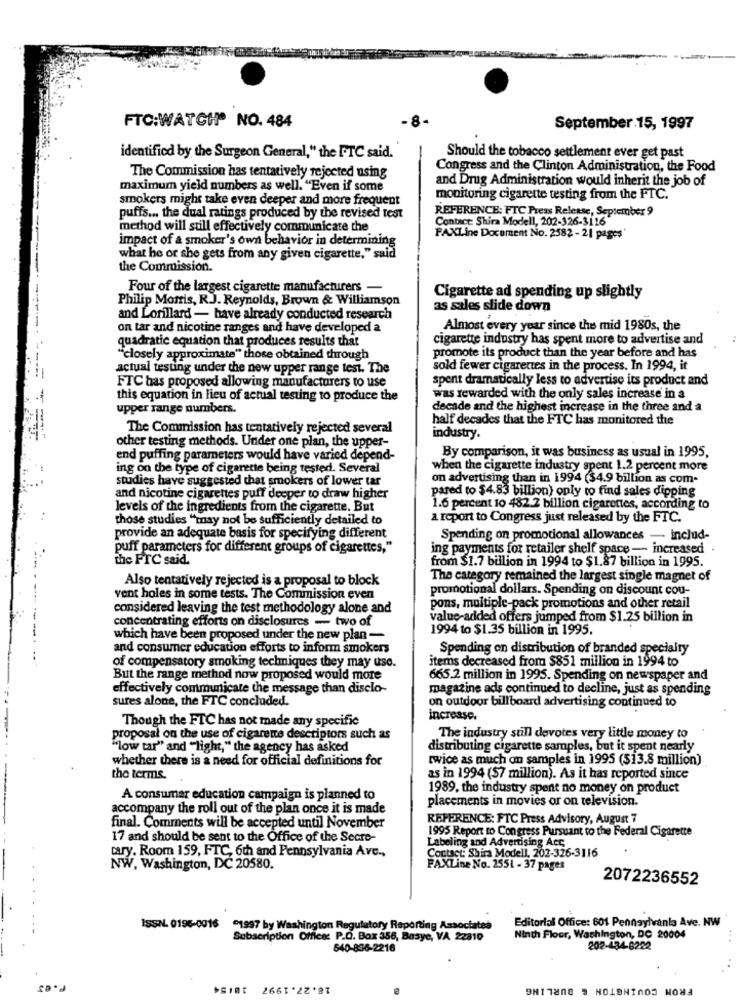
.8-
FTC:WATCH® NO. 484
September.15, 1997
identified by the Surgeon General," the FTC said.
Should the tobacco settlement ever get past
Congress and the Clinton Administration, the Food
The Commission has tentatively rejected using
and Drug Administration would inherit the job of
maximum yield numbers as well. "Even if some
smokers might take even deeper and more frequent
monitoring cigarette testing from the FTC.
puffs ... the dual ratings produced by the revised test
REFERENCE: FTC Press Release, September 9
Contact: Shira Modell, 202-326-3116
method will still effectively communicate the
impact of a smoker's own behavior in determining
FAXLine Document No. 2582 - 21 pages'
what he or she gets from any given cigarette," said
the Commission.
Four of the largest cigarette manufacturers -
Philip Morris, R.J. Reynolds, Brown & Williamson
Cigarette ad spending up slightly
as sales slide down
and Lorillard - have already conducted research
on tar and nicotine ranges and have developed a
Almost every year since the mid 1980s, the
quadratic equation that produces results that
cigarette industry has spent more to advertise and
"closely approximate" those obtained through
promote its product than the year before and has
actual testing under the new upper range test. The
sold fewer cigarettes in the process. In 1994, it
FTC has proposed allowing manufacturers to use
spent dramatically less to advertise its product and
this equation in lieu of actual testing to produce the
was rewarded with the only sales increase in a
upper range numbers.
decade and the highest increase in the three and a
half decades that the FTC has monitored the
The Commission has tentatively rejected several
industry.
other testing methods. Under one plan, the upper-
By comparison, it was business as usual in 1995,
end puffing parameters would have varied depend-
ing on the type of cigarette being tested. Several
when the cigarette industry spent 1.2 percent more
studies have suggested that smokers of lower tar
on advertising than in 1994 ($4.9 billion as com-
pared to $4.83 billion) only to find sales dipping
and nicotine cigarettes puff deeper to draw higher
levels of the ingredients from the cigarette. But
1.6 percent 10 482.2 billion cigarettes, according to
those studies "may not be sufficiently detailed to
a report to Congress just released by the FTC.
provide an adequate basis for specifying different
Spending on promotional allowances - includ-
puff parameters for different groups of cigarettes,"
ing payments for retailer shelf space -- increased .
the FTC said.
from $1.7 billion in 1994 to $1.87 billion in 1995.
Also tentatively rejected is a proposal to block
The category remained the largest single magnet of
promotional dollars. Spending on discount cou-
vent holes in some tests. The Commission even
considered leaving the test methodology alone and
pons, multiple-pack promotions and other retail
concentrating efforts on disclosures - two of
value-added offers jumped from $1.25 billion in
1994 to $1.35 billion in 1995.
which have been proposed under the new plan -
and consumer education efforts to inform smokers
Spending on distribution of branded specialty
of compensatory smoking techniques they may use.
items decreased from $851 million in 1994 to
But the range method now proposed would more
665.2 million in 1995. Spending on newspaper and
effectively communicate the message than disclo-
magazine ads continued to decline, just as spending
sures alone, the FTC concluded.
on outdoor billboard advertising continued to
Though the FTC has not made any specific
increase.
proposal on the use of cigarette descriptors such as
The industry sull devotes very little money to
"low car" and "light," the agency has asked
distributing cigarette samples, but it spent nearly
whether there is a need for official definitions for
twice as much on samples in 1995 (513.8 million)
the terms.
as in 1994 ($7 million). As it has reported since
1989. the industry spent no money on product
A consumer education campaign is planned to
placements in movies or on television.
accompany the roll out of the plan once it is made
REFERENCE: FTC Press Advisory, August 7
final. Comments will be accepted until November
17 and should be sent to the Office of the Secre-
1995 Report to Congress Pursuant to the Federal Cigarette
Labeling and Advertising Acc
tary. Room 159, FTC, 6th and Pennsylvania Ave .,
Contact: Shira Modell, 202-326-3116
NW, Washington, DC 20580.
FAXLine No. 2551 - 37 pages
2072236552
Editorial Office: 601 Pennsylvania Ave. NW
ISSN. 0196-0016
"1997 by Washington Regulatory Reporting Associated
Subscription Office: P.O. Box 356, Basye, VA 22810
Ninth Floor, Washington, DC 20004
540-896-2216
202-434-6222
18.27.1997
FROM COVINGTON & BURLING